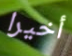
أخيرا